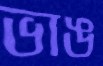
ভাঙ